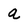
Character: a